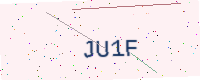
Text: JU1F